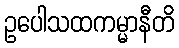
ဥပေါသထကမ္မာနီတိ